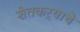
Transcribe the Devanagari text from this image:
शेतकर्‍याचे